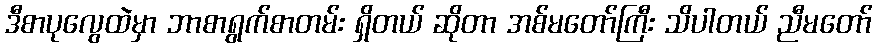
ဒီစာပုလွေထဲမှာ ဘာစာရွက်စာတမ်း ရှိတယ် ဆိုတာ အစ်မတော်ကြီး သိပါတယ် ညီမတော်